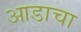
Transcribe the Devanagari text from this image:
आडाचा